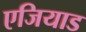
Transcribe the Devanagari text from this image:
एजियाड